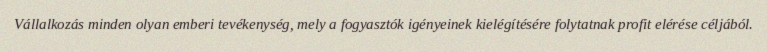
Vállalkozás minden olyan emberi tevékenység, mely a fogyasztók igényeinek kielégítésére folytatnak profit elérése céljából.